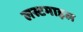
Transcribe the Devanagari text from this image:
लस्टमाइल